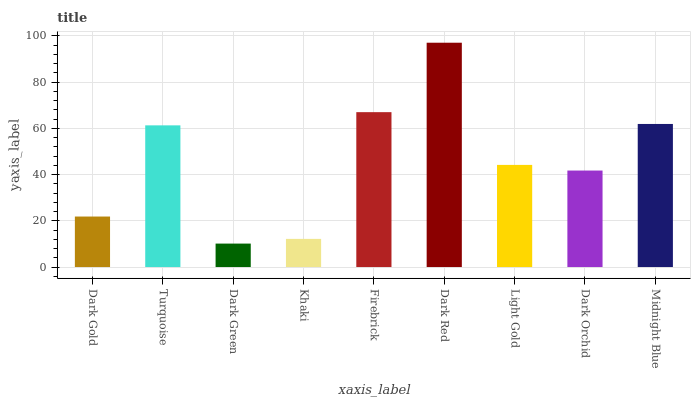
| xaxis_label | bars |
 | --- | --- |
 | Dark Gold | 21.8 |
 | Turquoise | 61.3 |
 | Dark Green | 10.1 |
 | Khaki | 12.2 |
 | Firebrick | 67 |
 | Dark Red | 97 |
 | Light Gold | 44.2 |
 | Dark Orchid | 41.7 |
 | Midnight Blue | 61.9 |